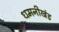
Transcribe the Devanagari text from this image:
धमनीखंड